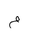
Letter: _mim